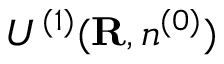
{ \cal U } ^ { ( 1 ) } ( { \bf R } , n ^ { ( 0 ) } )